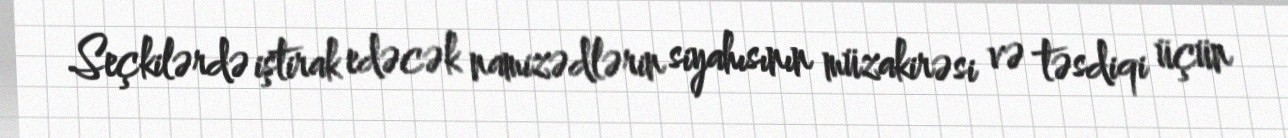
Seçkilərdə iştirak edəcək namizədlərin siyahısının müzakirəsi və təsdiqi üçün